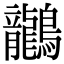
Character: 𪈗